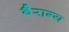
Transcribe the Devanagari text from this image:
बैराग्य